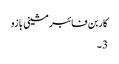
کاربن فائبر مشینی بازو
3 ۔